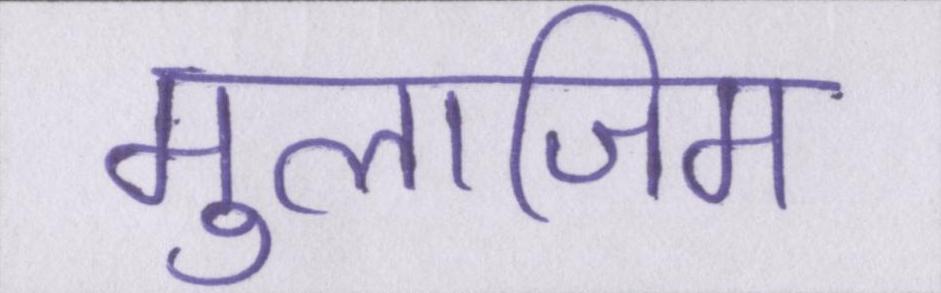
मुलाजिम